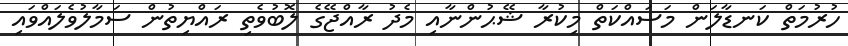
ހުރުމަތް ކަނޑާލަން މަސައްކަތް މިކުރާ ޝޭޙުންނާއި މެދު ރާއްޖޭގެ ލޮބުވެތި ރައްޔިތުން ސަމާލުވެލައްވައި